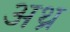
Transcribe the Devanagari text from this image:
अथ्र